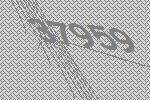
37959